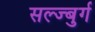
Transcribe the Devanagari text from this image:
सल्ज्बुर्ग